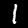
Digit: 1